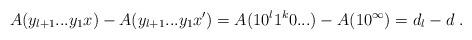
LaTeX: \begin{align*}A(y_{l+1}...y_1x) - A(y_{l+1}...y_1x') = A(10^{l}1^k0...) - A(10^\infty) = d_l -d \ .\end{align*}